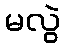
မလွဲ